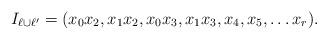
LaTeX: \begin{align*} I_{\ell \cup \ell'} = (x_{0}x_{2}, x_{1}x_{2}, x_{0}x_{3}, x_{1}x_{3}, x_{4}, x_{5}, \dots x_{r}). \end{align*}